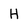
Character: H